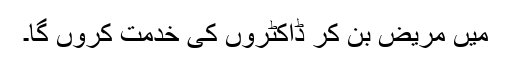
میں مریض بن کر ڈاکٹروں کی خدمت کروں گا۔